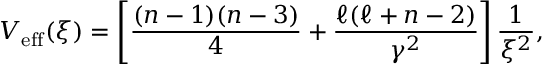
V _ { \mathrm { e f f } } ( \xi ) = \left[ \frac { ( n - 1 ) ( n - 3 ) } { 4 } + \frac { \ell ( \ell + n - 2 ) } { \gamma ^ { 2 } } \right] \frac { 1 } { \xi ^ { 2 } } ,